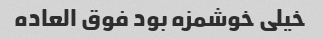
خیلی خوشمزه بود فوق العاده